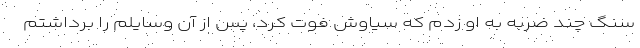
سنگ چند ضربه به او زدم که سیاوش فوت کرد، پس از آن وسایلم را برداشتم